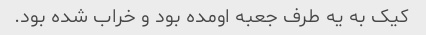
کیک به یه طرف جعبه اومده بود و خراب شده بود.